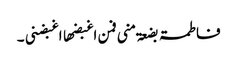
فاطمۃ بضعۃ منی فمن اغبضھا اغبضنی ۔